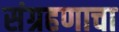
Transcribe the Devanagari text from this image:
संग्रहणाचा